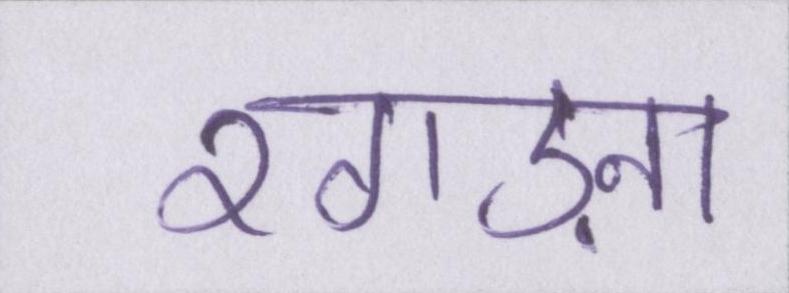
रगड़ना